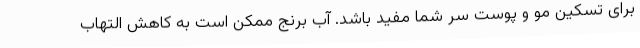
برای تسکین مو و پوست سر شما مفید باشد. آب برنج ممکن است به کاهش التهاب